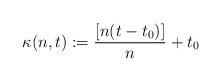
LaTeX: \begin{align*} \kappa(n, t):=\frac{[n(t-t_0)]}{n}+t_0\end{align*}